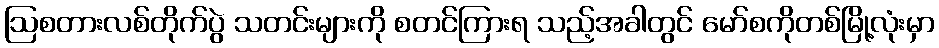
ဩစတားလစ်တိုက်ပွဲ သတင်းများကို စတင်ကြားရ သည့်အခါတွင် မော်စကိုတစ်မြို့လုံးမှာ